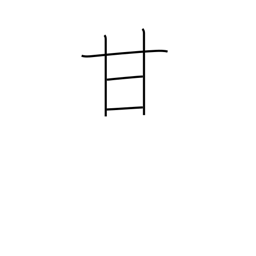
Meaning: pamper